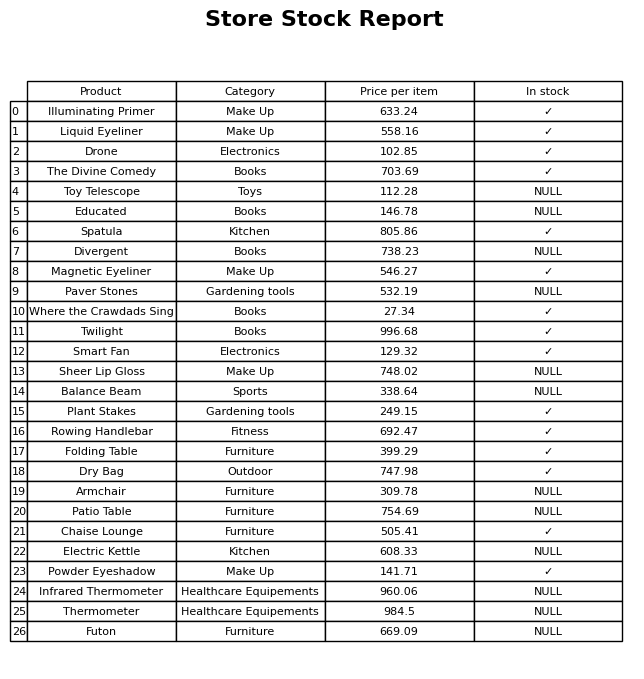
question: What is the price of the Illuminating Primer?
answer: The price of Illuminating Primer is 633.24.